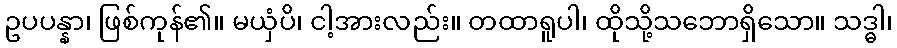
ဥပပန္နာ၊ ဖြစ်ကုန်၏။ မယှံပိ၊ ငါ့အားလည်း။ တထာရူပါ၊ ထိုသို့သဘောရှိသော။ သဒ္ဓါ၊